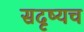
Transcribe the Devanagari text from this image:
सदृष्यच